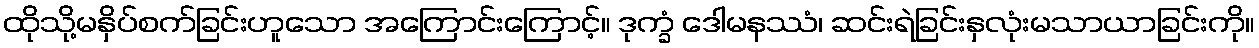
ထိုသို့မနှိပ်စက်ခြင်းဟူသော အကြောင်းကြောင့်။ ဒုက္ခံ ဒေါမနဿံ၊ ဆင်းရဲခြင်းနှလုံးမသာယာခြင်းကို။